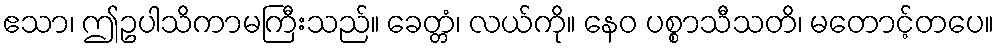
ဧသာ၊ ဤဥပါသိကာမကြီးသည်။ ခေတ္တံ၊ လယ်ကို။ နေဝ ပစ္စာသီသတိ၊ မတောင့်တပေ။